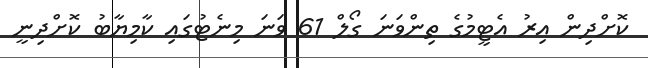
ކޮށްދިން އިރު އެޓީމުގެ ތިންވަނަ ގޯލް 61 ވަނަ މިނެޓުގައި ކާމިޔާބު ކޮށްދިނީ